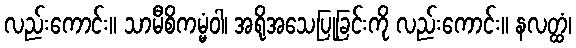
လည်းကောင်း။ သာမီစိကမ္မံဝါ၊ အရိုအသေပြုခြင်းကို လည်းကောင်း။ နလတ္ထံ၊